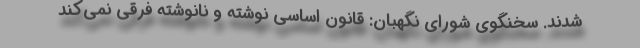
شدند. سخنگوی شورای نگهبان: قانون اساسی نوشته و نانوشته فرقی نمی‌کند